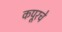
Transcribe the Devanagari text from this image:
कपूरचे